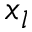
x _ { l }